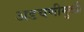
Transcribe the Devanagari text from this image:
अडचणीमुळी